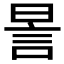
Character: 𧦊